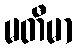
မတီမာ